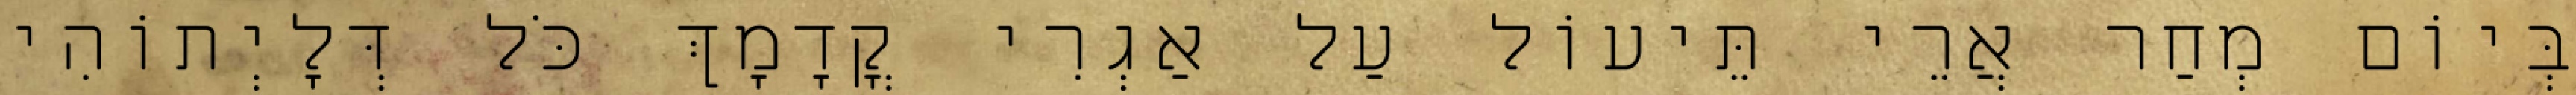
בְּיוֹם מְחַר אֲרֵי תֵּיעוֹל עַל אַגְרִי קֳדָמָךְ כֹּל דְּלָיְתוֹהִי